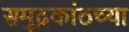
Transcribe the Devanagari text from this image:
समुद्रकांठच्या